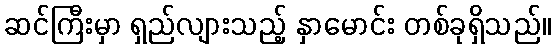
ဆင်ကြီးမှာ ရှည်လျားသည့် နှာမောင်း တစ်ခုရှိသည်။